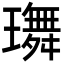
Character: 𤪕